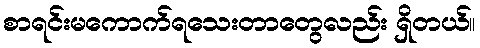
စာရင်းမကောက်ရသေးတာတွေလည်း ရှိတယ်။